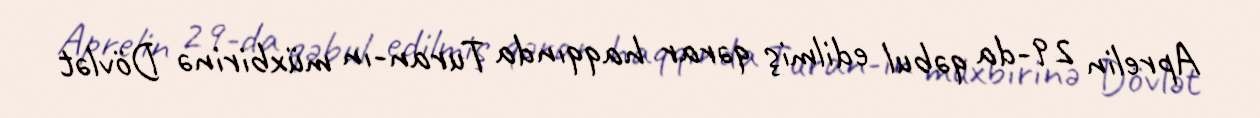
Aprelin 29-da qəbul edilmiş qərar haqqında Turan-ın müxbirinə Dövlət